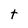
Character: t